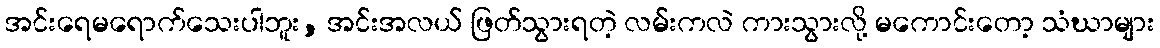
အင်းရေမရောက်သေးပါဘူး, အင်းအလယ် ဖြတ်သွားရတဲ့ လမ်းကလဲ ကားသွားလို့ မကောင်းတော့ သံဃာများ